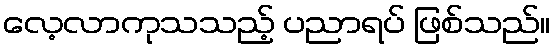
လေ့လာကုသသည့် ပညာရပ် ဖြစ်သည်။